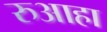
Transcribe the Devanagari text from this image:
रुआहा